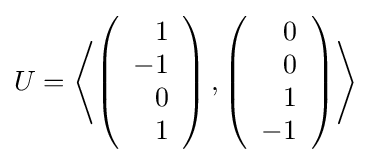
U=\left\langle \left({\begin{array}{r}1\\-1\\0\\1\end{array}}\right),\left({\begin{array}{r}0\\0\\1\\-1\end{array}}\right)\right\rangle